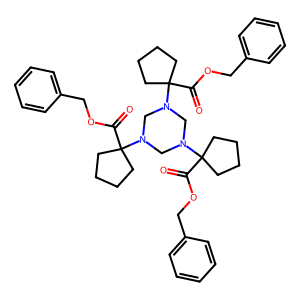
SMILES: O=C(OCc1ccccc1)C1(N2CN(C3(C(=O)OCc4ccccc4)CCCC3)CN(C3(C(=O)OCc4ccccc4)CCCC3)C2)CCCC1
Inhibits HIV replication: No